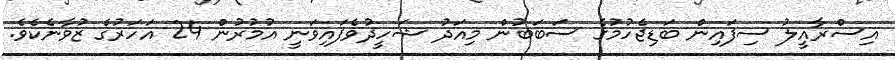
އިސްރާއީލު ސިފައިން ބަޑިޖެހުމުގެ ސަބަބުން މިއަދު ޝަހީދުވެފައިވަނީ އުމުރުން 24 އަހަރުގެ ޒުވާނެކެވެ.